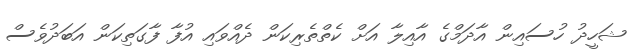
ޝަހީދު ހުސައިން އާދަމްގެ އާއިލާ އަށް ކެތްތެރިކަން ދެއްވައި އުފާ ފާގަތިކަން އަބަދުވެސް